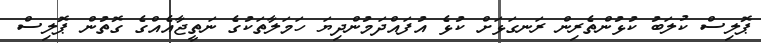
ޕޮލިސް ކުލަބު ކުޅުންތެރިން ރަނގަޅަށް ކުޅެ އުފައްދަމުންދިޔަ ހަމަލާތަކުގެ ނަތީޖާއެއްގެ ގޮތުން ޕޮލިސް